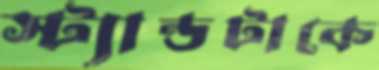
স্ট্যান্ডটাকে